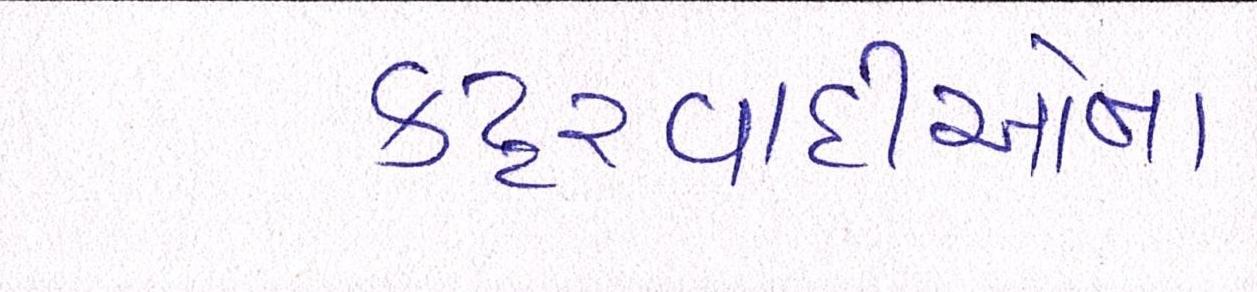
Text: કટ્ટરવાદીઓના